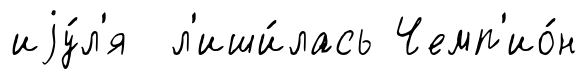
иjу́л'я л'иши́лась Чемп'ио́н